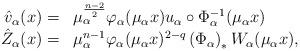
LaTeX: \begin{align*}\begin{array}{r l} \hat{v}_\alpha(x)=&\mu_\alpha^{\frac{n-2}{2}}\varphi_\alpha(\mu_\alpha x)u_\alpha\circ\Phi_\alpha^{-1}(\mu_\alpha x)\\ \hat{Z}_\alpha(x)=&\mu_\alpha^{n-1}\varphi_\alpha(\mu_\alpha x)^{2-q}\left(\Phi_\alpha\right)_* W_\alpha(\mu_\alpha x),\end{array}\end{align*}